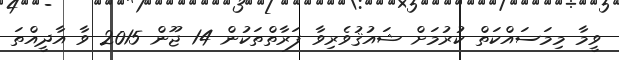
ވީމާ މިމަސައްކަތް ކުރުމަށް ޝައުޤުވެރިވާ ފަރާތްތަކުން 14 ޖޫން 2015 ވާ އާދީއްތަ